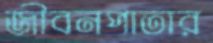
জীবনপাতার